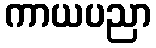
ကာယပညာ